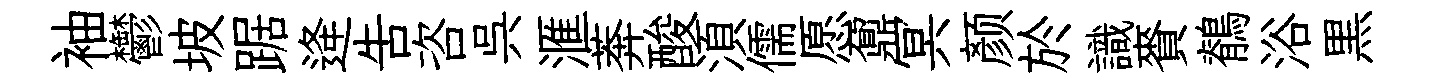
袖鬱坡踞逄吿咨呉滙莾酸湏儒愿鼐冥颜於識賚鶺浴黒